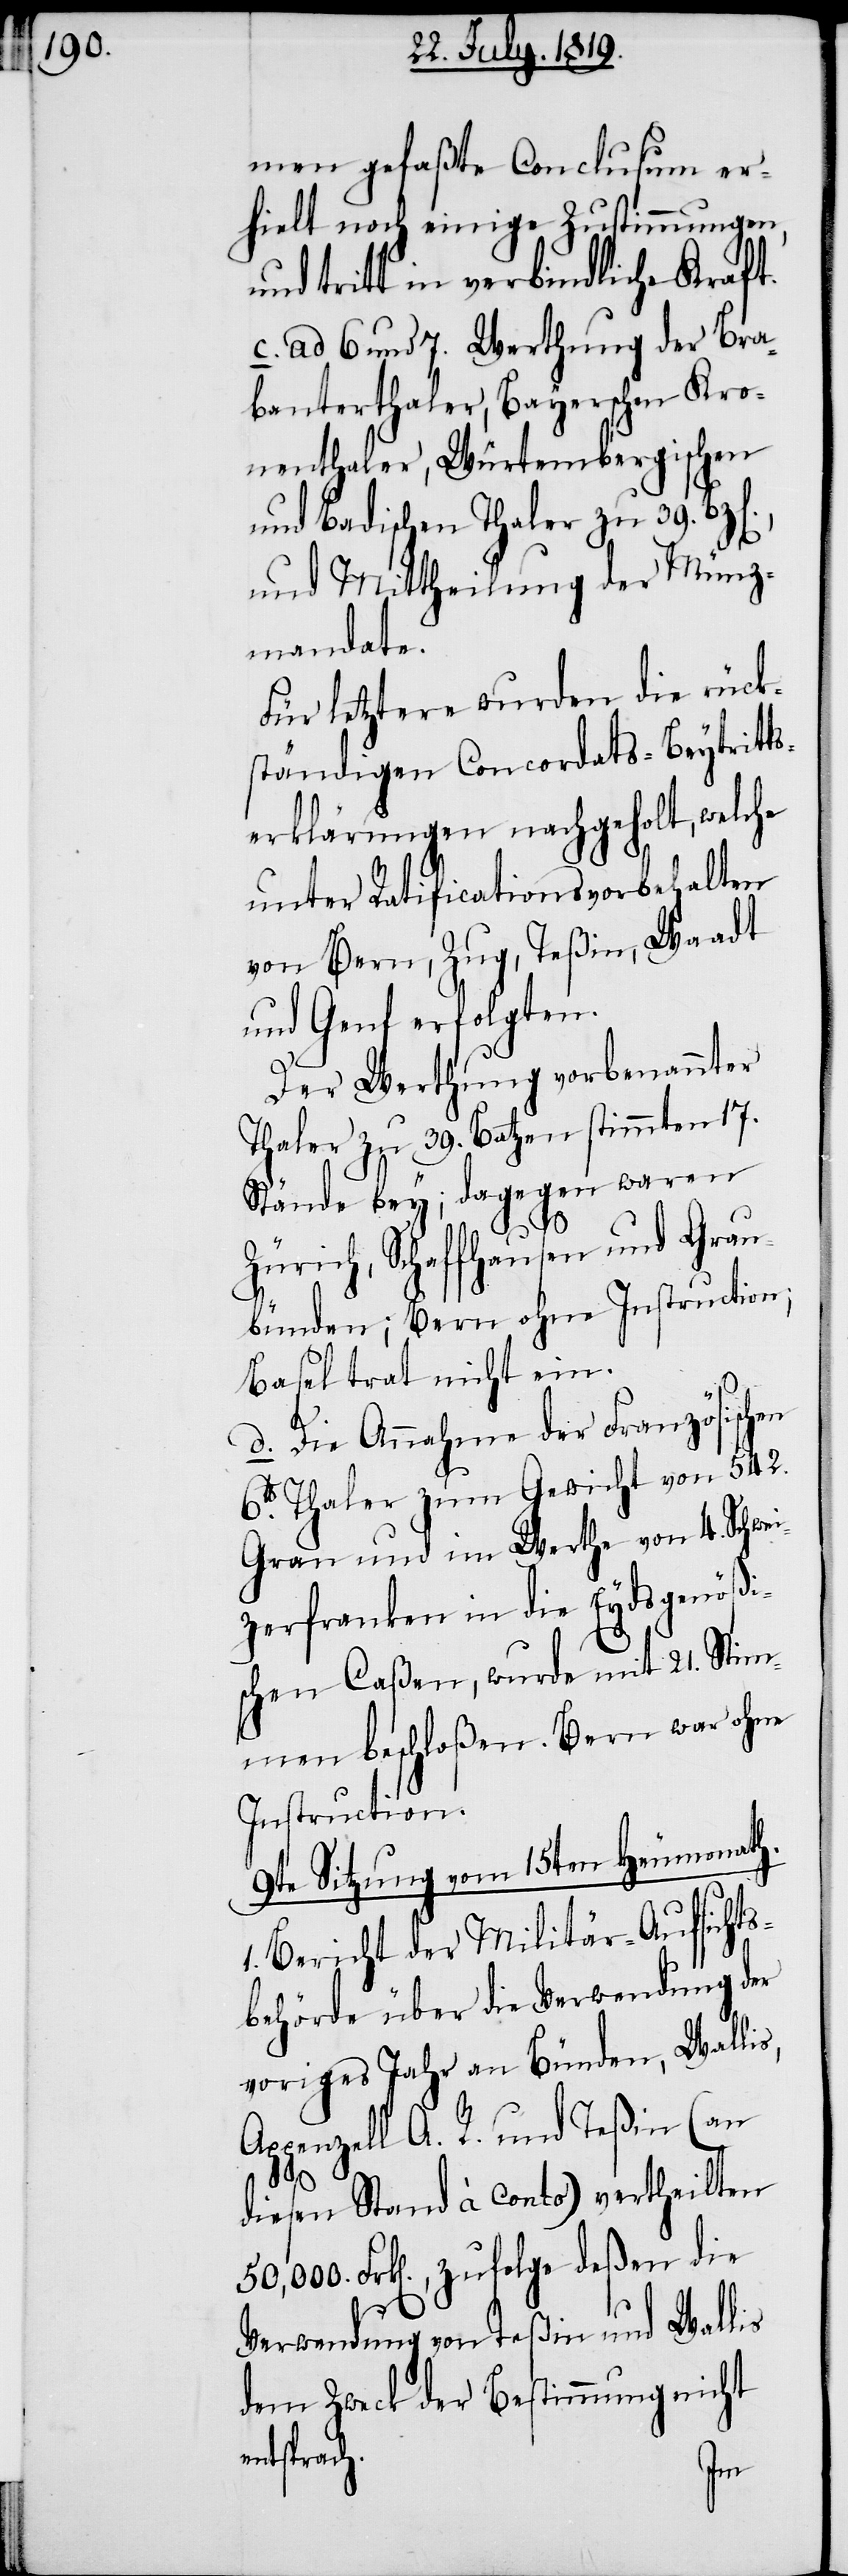
men gefaßte Conclusum er¬
hielt noch einige Zustimmungen,
und tritt in verbindliche Kraft.
c. ad 6 und 7. Werthung der Bra¬
banterthaler, Bayerschen Kro¬
nenthaler, Würtembergischen
und Badischen Thaler zu 39.
und Mittheilung der Münz¬
mandate.
Für letztere wurden die rück¬
ständigen Concordats-Beytritts¬
erklärungen nachgeholt, welche
unter Ratificationsvorbehalten
von Bern, Zug, Teßin, Waadt
und Genf erfolgten.
Der Werthung vorbenannter
Thaler zu 39. Batzen stimmten 17.
Stände bey; dagegen waren
Zürich, Schaffhausen und Grau¬
bünden; Bern ohne Instruction;
Basel trat nicht ein.
s,
d. Die Annahme der Französischen
6. Thaler zum Gewicht von 542.
Gran und im Werthe von 4. Schwei¬
zerfranken in die Eydsgenößi¬
schen Caßen, wurde mit 21. Stim¬
men beschloßen. Bern war ohne
Instruction.
9te Sitzung vom 15ten Heumonath.
1. Bericht der Militär-Aufsichts¬
behörde über die Verwendung der
voriges Jahr an Bünden, Walli¬
Appenzell A. R. und Teßin (an
diesen Stand à Conto) vertheilten
Frk[en]., zufolge deßen die
Verwendung von Teßin und Wallis
dem Zweck der Bestimmung nicht
entsprach.